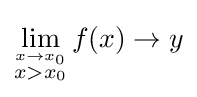
\lim _{\stackrel {x\to x_{0}}{x>x_{0}}}f(x)\to y